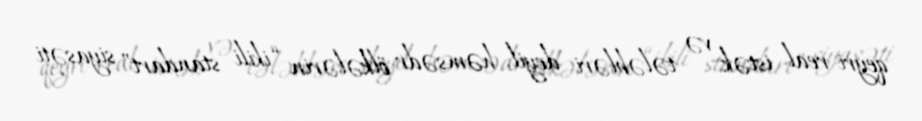
qeyri-real istək və tələbləri deyil, həmsədr ölkələrin “ikili standart” siyasəti